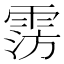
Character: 𩃎